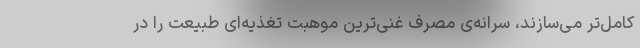
کامل‌تر می‌سازند، سرانه‌ی مصرف غنی‌ترین موهبت‌ تغذیه‌ای طبیعت را در